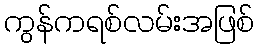
ကွန်ကရစ်လမ်းအဖြစ်